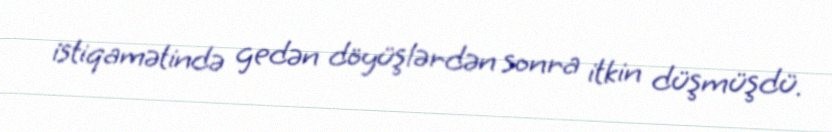
istiqamətində gedən döyüşlərdən sonra itkin düşmüşdü.